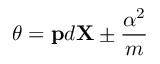
\theta = { \bf p } d { \bf X } \pm { \frac { \alpha ^ { 2 } } { m } }